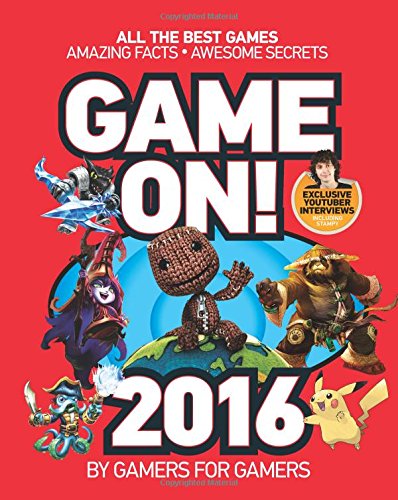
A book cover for Game On! 2016: All the Best Games: Awesome Facts and Coolest Secrets; Scholastic; Children's Books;